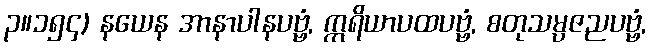
၃။၁၅၄) နယေန အာနာပါနပဗ္ဗံ, ဣရိယာပထပဗ္ဗံ, စတုသမ္ပဇညပဗ္ဗံ,